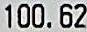
100.62